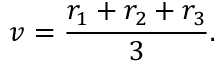
v = \frac { r _ { 1 } + r _ { 2 } + r _ { 3 } } { 3 } .